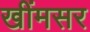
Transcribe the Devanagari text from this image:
खींमसर